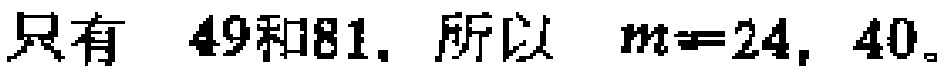
只有 \(49\)和\(81\). 所以 \(m = 24,\ 40\)。